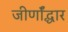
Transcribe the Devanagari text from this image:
जीर्णॉद्धार